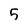
Character: 5